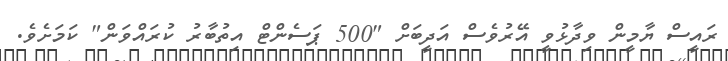
ރައީސް ޔާމީން ވިދާޅުވީ އޭރުވެސް އަދީބަށް "500 ޕަސެންޓް އިތުބާރު ކުރައްވަން" ކަމަށެވެ.